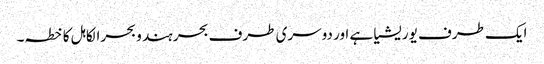
ایک طرف یوریشیا ہے اور دوسری طرف بحر ہند و بحرالکاہل کا خطہ۔